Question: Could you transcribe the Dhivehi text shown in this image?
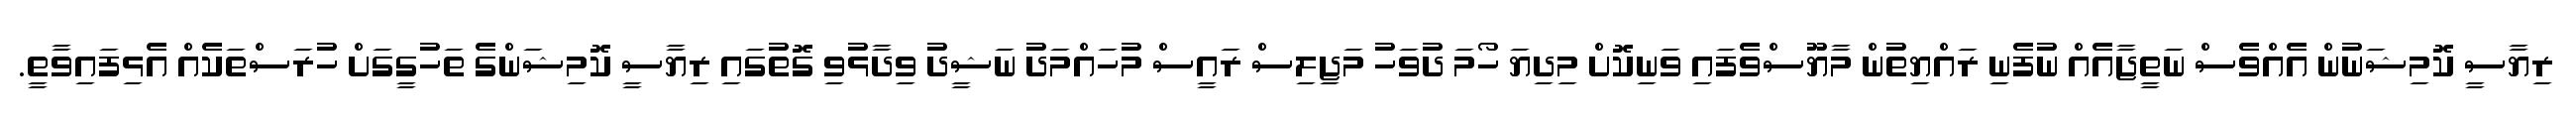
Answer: ރިޔާސީ ކޮމިޝަނުން އެއްވެސް ނަތީޖާއެއް ނުފެނި ރައްޔިތުން މާޔޫސްވެފައި ވަނިކޮށް މިދިޔަ ހޯމަ ދުވަހު މަޖިލިސް ރައީސް މުހައްމަދު ނަޝީދު ވިދާޅުވި ގޮތުގައި ރިޔާސީ ކޮމިޝަންގެ ތަހުގީގަށް ހުރަސްތަކެއް އެޅިފައިވާތީ.